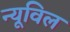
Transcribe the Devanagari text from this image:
न्यूविल